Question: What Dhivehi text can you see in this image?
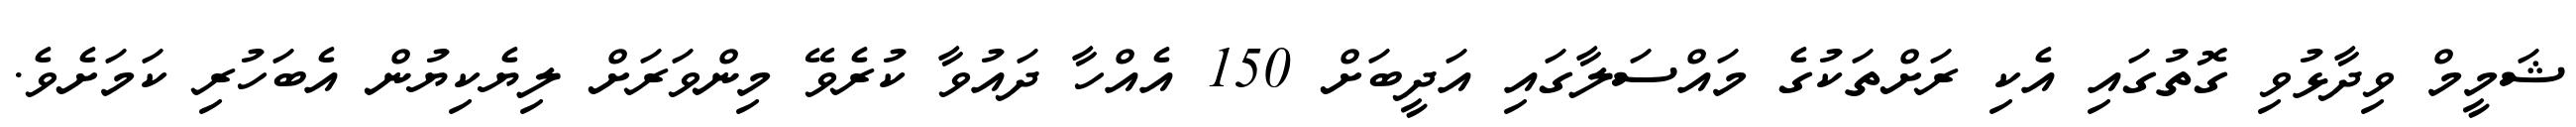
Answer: ޝަމީމް ވިދާޅުވި ގޮތުގައި އެކި ރަށްތަކުގެ މައްސަލާގައި އަދީބަށް 150 އެއްހާ ދައުވާ ކުރެވޭ މިންވަރަށް ލިޔެކިޔުން އެބަހުރި ކަމަށެވެ.